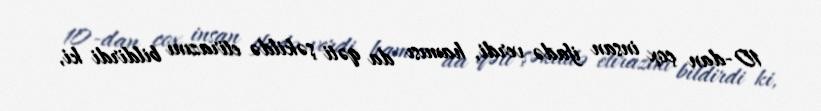
10-dan çox insan ifadə verdi, hamısı da qəti şəkildə etirazını bildirdi ki,